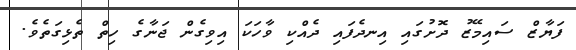
ފަޔާޒް ސައިމޭޒު ދޮށުގައި އިނދެފައި ދެއްކި ވާހަކަ އިވިގެން ޖަނާގެ ހިތް ތެޅިގަތެވެ.